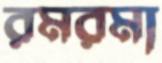
রমরমা